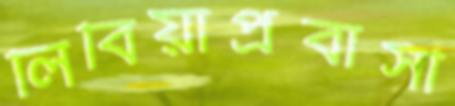
লিবিয়াপ্রবাসী